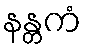
နန္တကံ